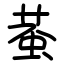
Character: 蛬